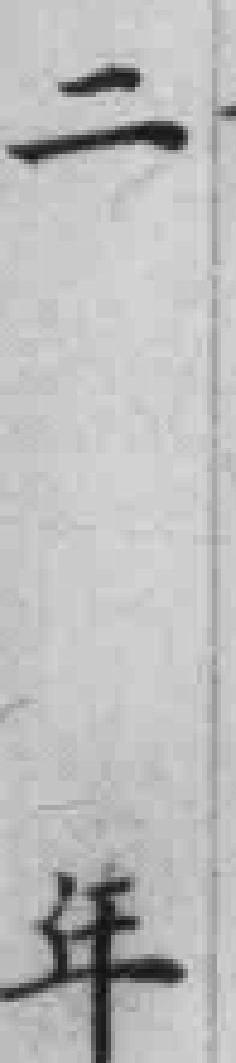
二年